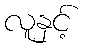
လူနှင့်